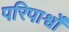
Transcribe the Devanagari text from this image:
परिपार्श्वों